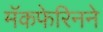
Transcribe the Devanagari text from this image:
मॅकफेरिनने